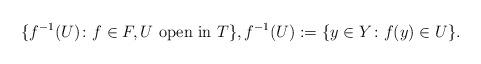
LaTeX: \begin{align*}\{f^{-1}(U)\colon f\in F,U\mbox{ open in }T\}, f^{-1}(U):=\{y\in Y\colon f(y)\in U\}.\end{align*}